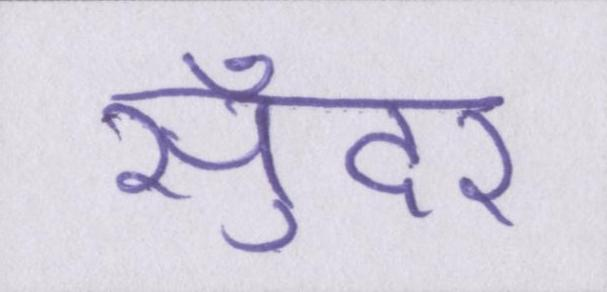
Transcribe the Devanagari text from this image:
सुँदर